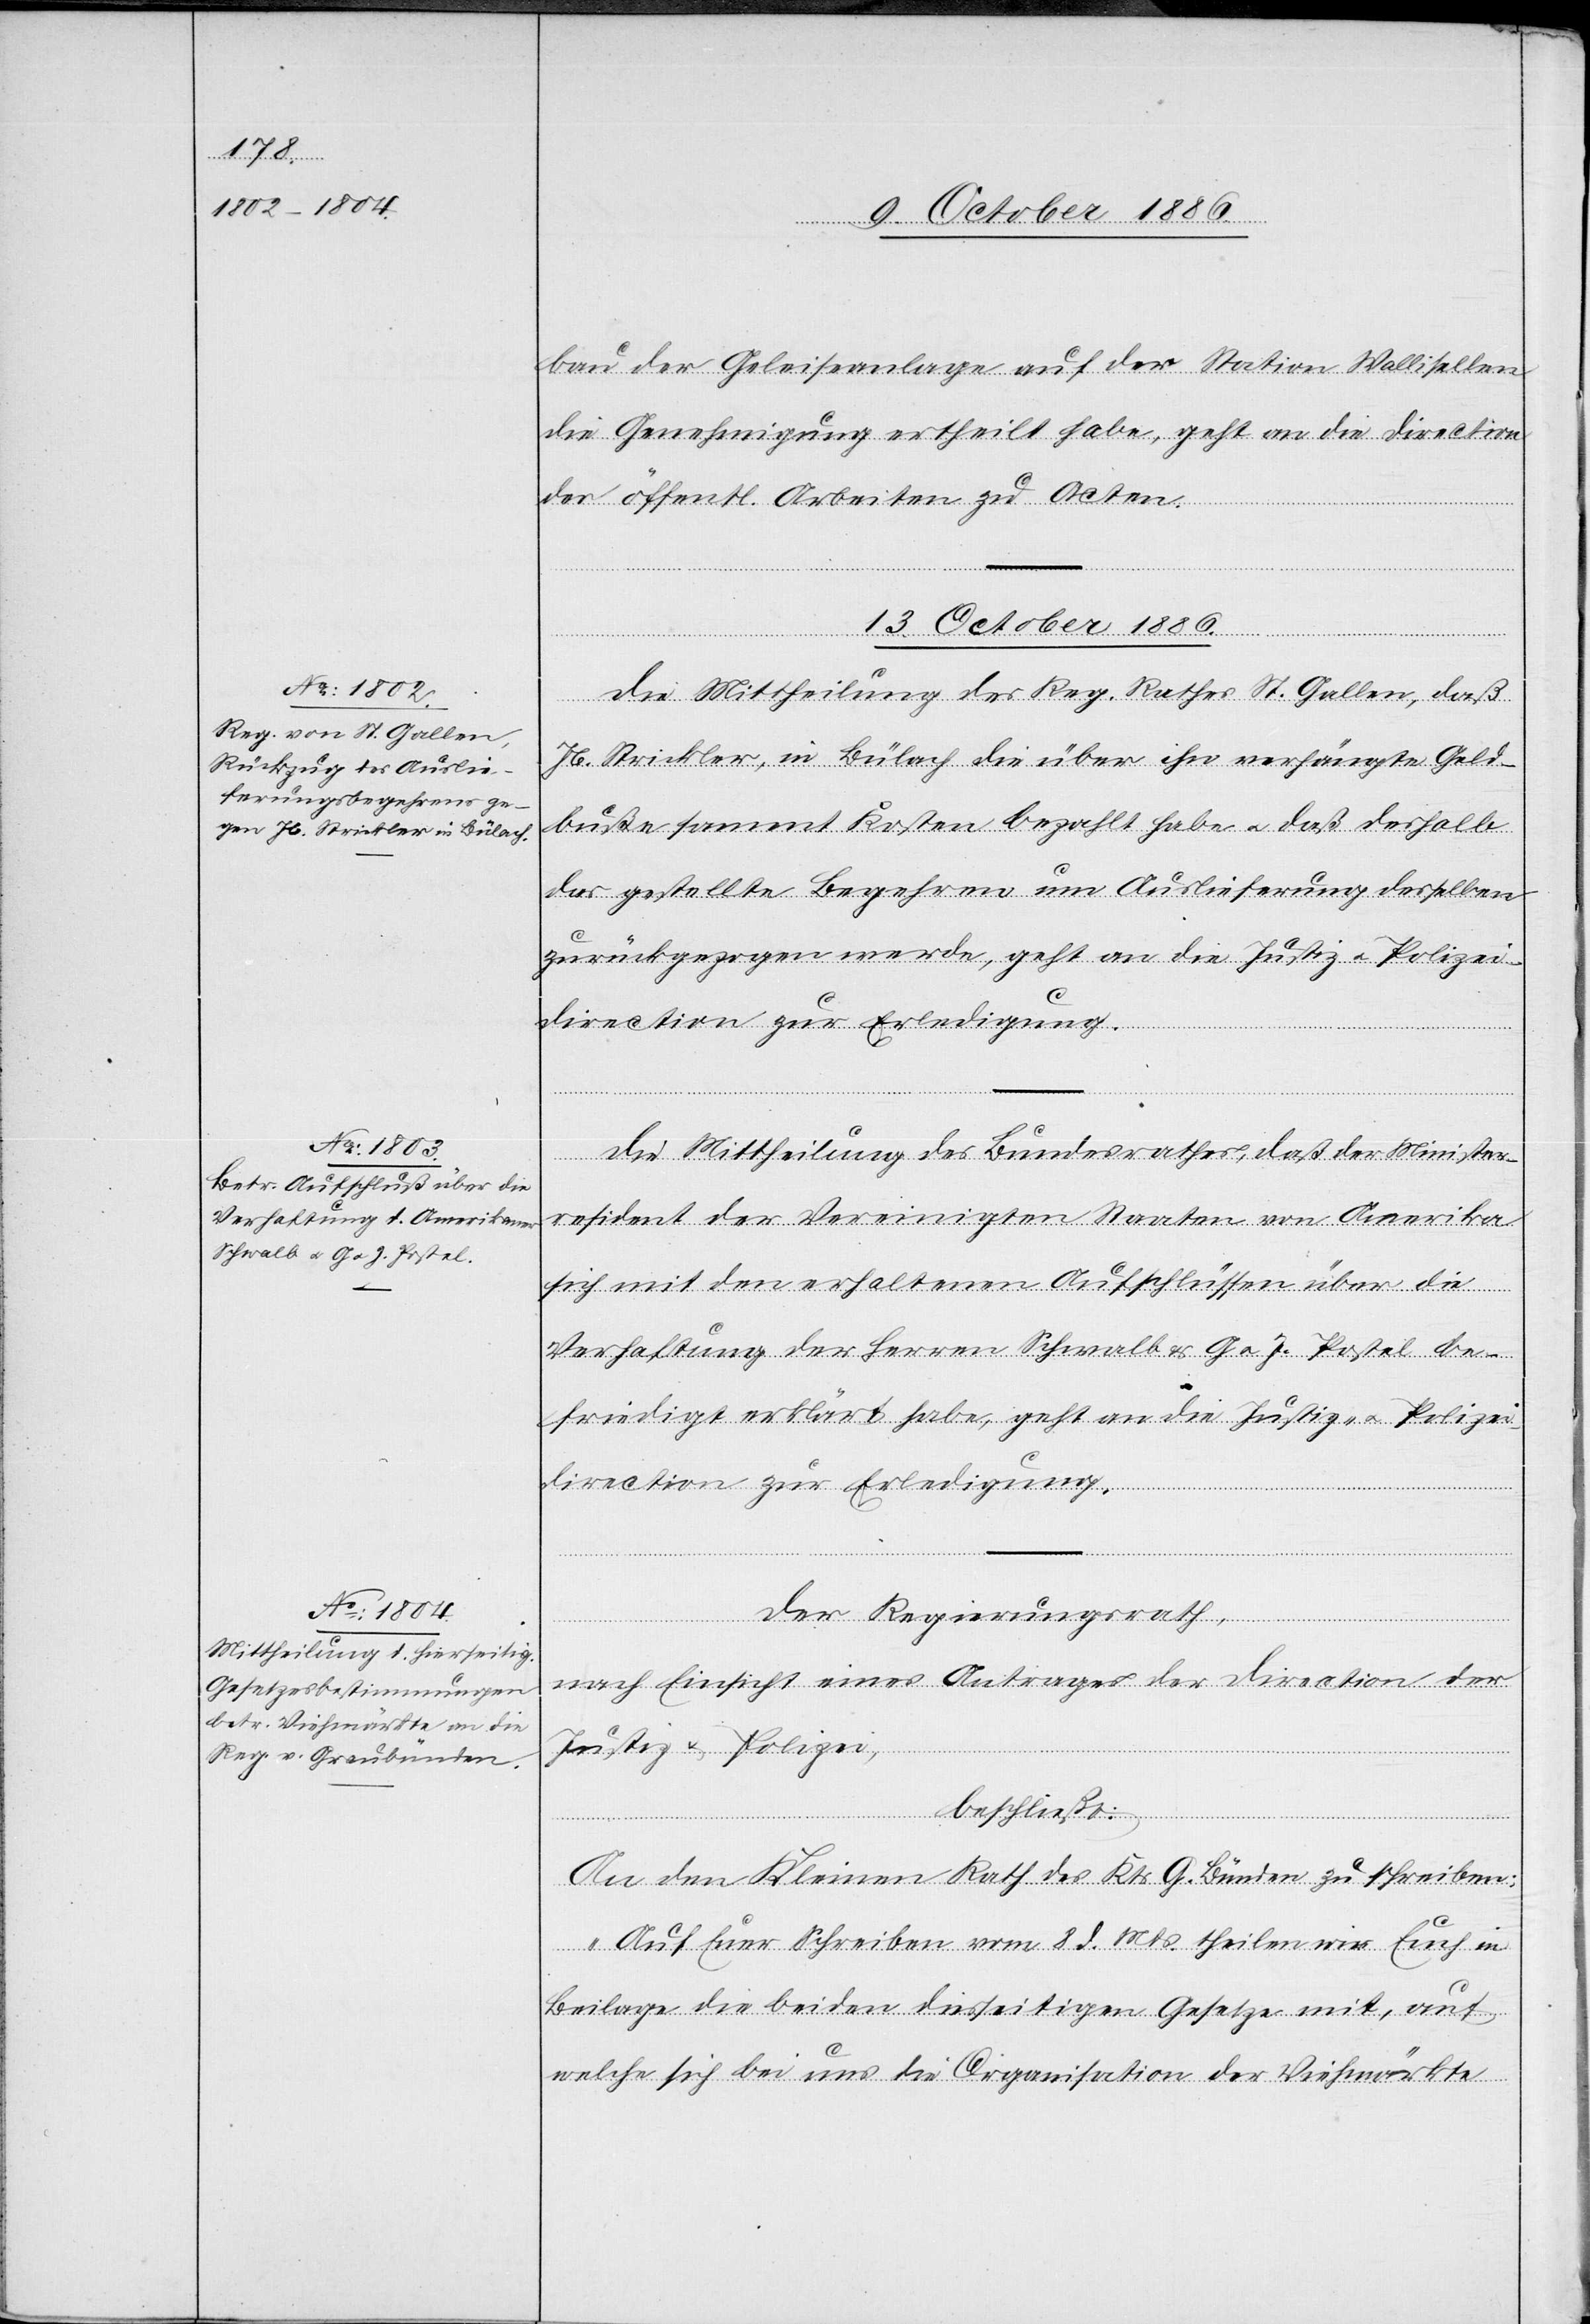
bau der Geleiseanlage auf der Station Wallisellen
die Genehmigung ertheilt habe, geht an die Direction
der öffentl. Arbeiten zu Acten.
13. October 1886.]
r[p]resident
Die Mittheilung des Reg. Rathes St. Gallen, daß
Jb. Strickler, in Bülach die über ihn verhängte Geld¬
buße sammt Kosten bezahlt habe & daß deshalb
das gestellte Begehren um Auslieferung desselben
zurückgezogen werde, geht an die Justiz[-] & Polizei¬
direction zur Erledigung.
Die Mittheilung des Bundesrathes, daß der Ministe¬
[sic!] der Vereinigten Staaten von Amerika
sich mit den erhaltenen Aufschlüssen über die
Verhaftung der Herren Schwalb & G. & J. Postel be¬
friedigt erklärt habe, geht an die Justiz- & Polizei¬
direction zur Erledigung.
Der Regierungsrath,
nach Einsicht eines Antrages der Direction der
Justiz & Polizei,
beschließt:
An den Kleinen Rath des Kts. G. Bünden zu schreiben:
„Auf Euer Schreiben vom 8. d. Mts. theilen wir Euch in
Beilage die beiden diesseitigen Gesetze mit, auf
welche sich bei uns die Organisation der Viehmärkte